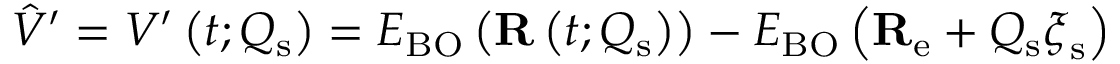
\hat { V } ^ { \prime } = V ^ { \prime } \left( t ; Q _ { \mathrm { s } } \right) = E _ { \mathrm { B O } } \left( \mathbf { R } \left( t ; Q _ { \mathrm { s } } \right) \right) - E _ { \mathrm { B O } } \left( \mathbf { R } _ { \mathrm { e } } + Q _ { \mathrm { s } } \boldsymbol { \xi } _ { \mathrm { s } } \right)